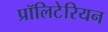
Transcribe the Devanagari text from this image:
प्रॉलिटेरियन